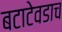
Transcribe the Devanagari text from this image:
बटाटेवडाच